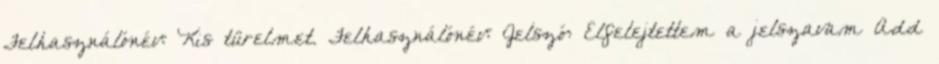
Felhasználónév: Kis türelmet. Felhasználónév: Jelszó: Elfelejtettem a jelszavam Add